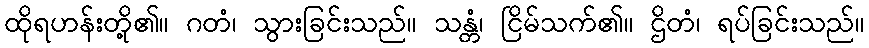
ထိုရဟန်းတို့၏။ ဂတံ၊ သွားခြင်းသည်။ သန္တံ၊ ငြိမ်သက်၏။ ဌိတံ၊ ရပ်ခြင်းသည်။